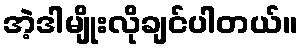
အဲ့ဒါမျိုးလိုချင်ပါတယ်။